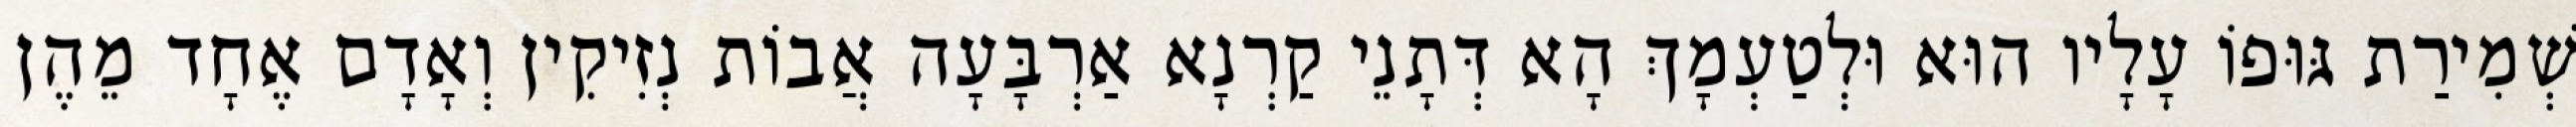
שְׁמִירַת גּוּפוֹ עָלָיו הוּא וּלְטַעְמָךְ הָא דְּתָנֵי קַרְנָא אַרְבָּעָה אֲבוֹת נְזִיקִין וְאָדָם אֶחָד מֵהֶן